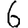
Digit: 6